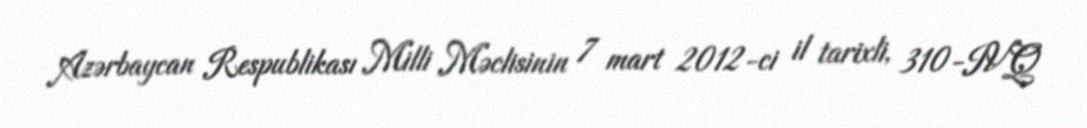
Azərbaycan Respublikası Milli Məclisinin 7 mart 2012-ci il tarixli, 310-IVQ